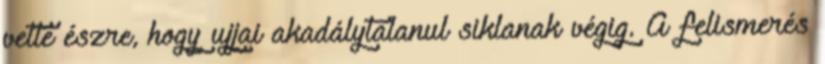
vette észre, hogy ujjai akadálytalanul siklanak végig. A felismerés